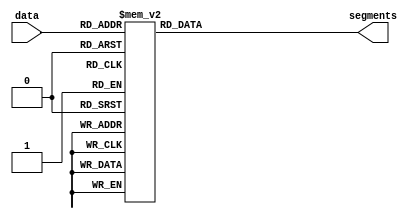
/*Decoder Module to take 4 bit data and convert 
to an active low representation on 7 segment display*/

module sevenseg(input      [3:0] data, 
                output reg [6:0] segments);	
  always @(*)
    case (data)
      //                abc_defg     
      0: segments = 7'b100_0000;
      1: segments = 7'b111_1001;
      2: segments = 7'b010_0100;
      3: segments = 7'b011_0000;
      4: segments = 7'b001_1001;
      5: segments = 7'b001_0010;
      6: segments = 7'b000_0011;
      7: segments = 7'b111_1000;
      8: segments = 7'b000_0000;
      9: segments = 7'b001_1000;
		10: segments = 7'b000_1000;
		11: segments = 7'b000_0011;
		12: segments = 7'b100_0110;
		13: segments = 7'b010_0001;
		14: segments = 7'b000_0110;
		15: segments = 7'b000_1110;
      default: segments = 7'b111_1111; // required
    endcase
endmodule